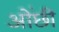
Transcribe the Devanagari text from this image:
ओंछी